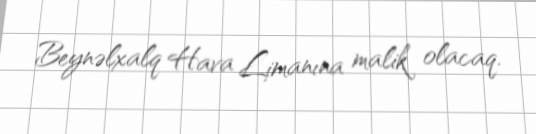
Beynəlxalq Hava Limanına malik olacaq.